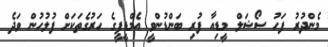
މެންދުރު ފަހު ސޯޝަލް މީޑިއާ ފުރި ބަންޑުންވީ އެމްޑީޕީގެ ހަރުގެތަކަށް ފުލުހުން ވަދެ